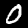
Label: 0